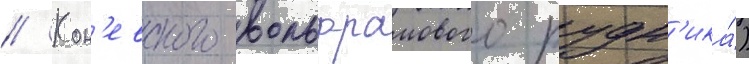
// Кон'евского вольфрамового рудн'ика́)